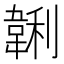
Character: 𱂂